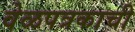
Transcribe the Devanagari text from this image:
वेळपत्रकाची